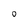
Character: O